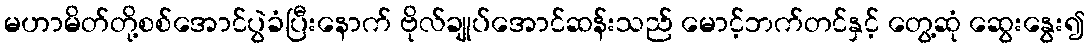
မဟာမိတ်တို့စစ်အောင်ပွဲခံပြီးနောက် ဗိုလ်ချုပ်အောင်ဆန်းသည် မောင့်ဘက်တင်နှင့် တွေ့ဆုံ ဆွေးနွေး၍